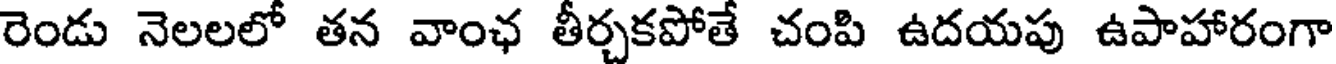
రెండు నెలలలో తన వాంఛ తీర్చకపోతే చంపి ఉదయపు ఉపాహారంగా